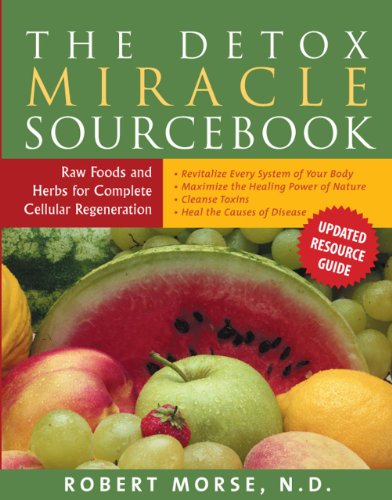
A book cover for The Detox Miracle Sourcebook: Raw Foods and Herbs for Complete Cellular Regeneration; Robert S. Morse  N.D.; Health, Fitness & Dieting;